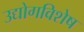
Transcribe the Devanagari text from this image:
उद्योगविशेष